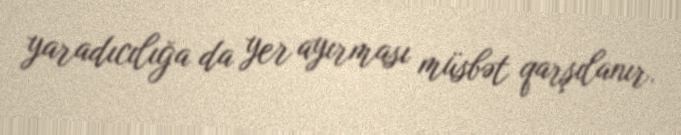
yaradıcılığa da yer ayırması müsbət qarşılanır.